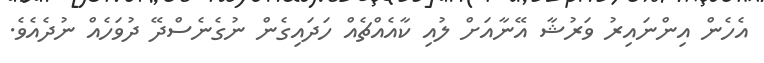
އެހެން އިންނައިރު ވަރުޝާ އޭނާއަށް ލުއި ކާއެއްޗެއް ހަދައިގެން ނުގެނެސްދޭ ދުވަހެއް ނުދެއެވެ.